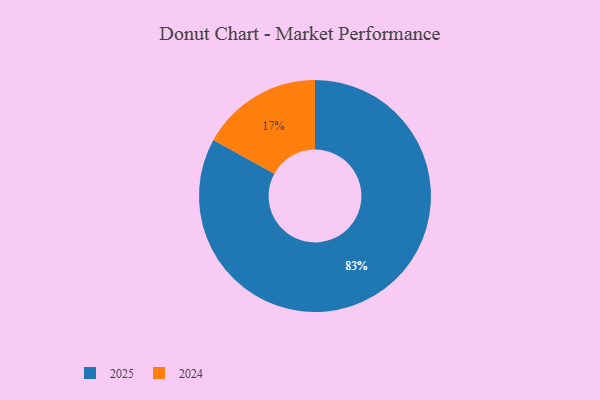
{"axis": {"x": "Category", "y": "Percentage"}, "legend": ["2024", "2025"], "data": [{"x": "2025", "y": 83, "type": "2025"}, {"x": "2024", "y": 17, "type": "2024"}]}